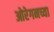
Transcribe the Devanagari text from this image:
ओरेगनच्या